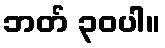
ဘတ် ၃၀ပါ။